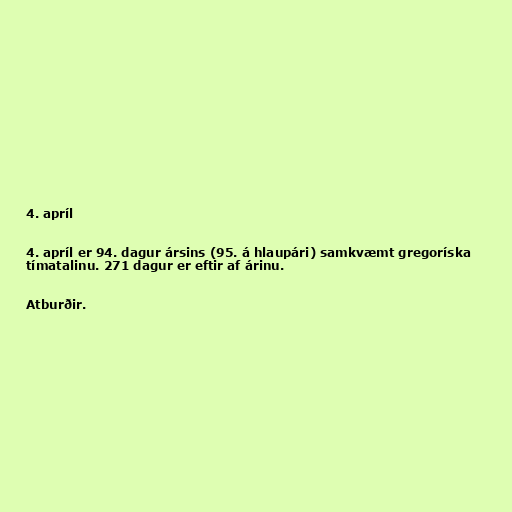
4. apríl

4. apríl er 94. dagur ársins (95. á hlaupári) samkvæmt gregoríska
tímatalinu. 271 dagur er eftir af árinu.

Atburðir.